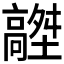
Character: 𩫟